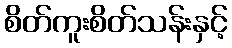
စိတ်ကူးစိတ်သန်းနှင့်